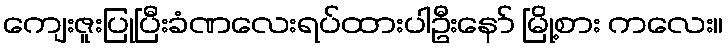
ကျေးဇူးပြုပြီးခံဏလေးရပ်ထားပါဦးနော် မြို့စား ကလေး။